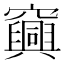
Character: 𥩆